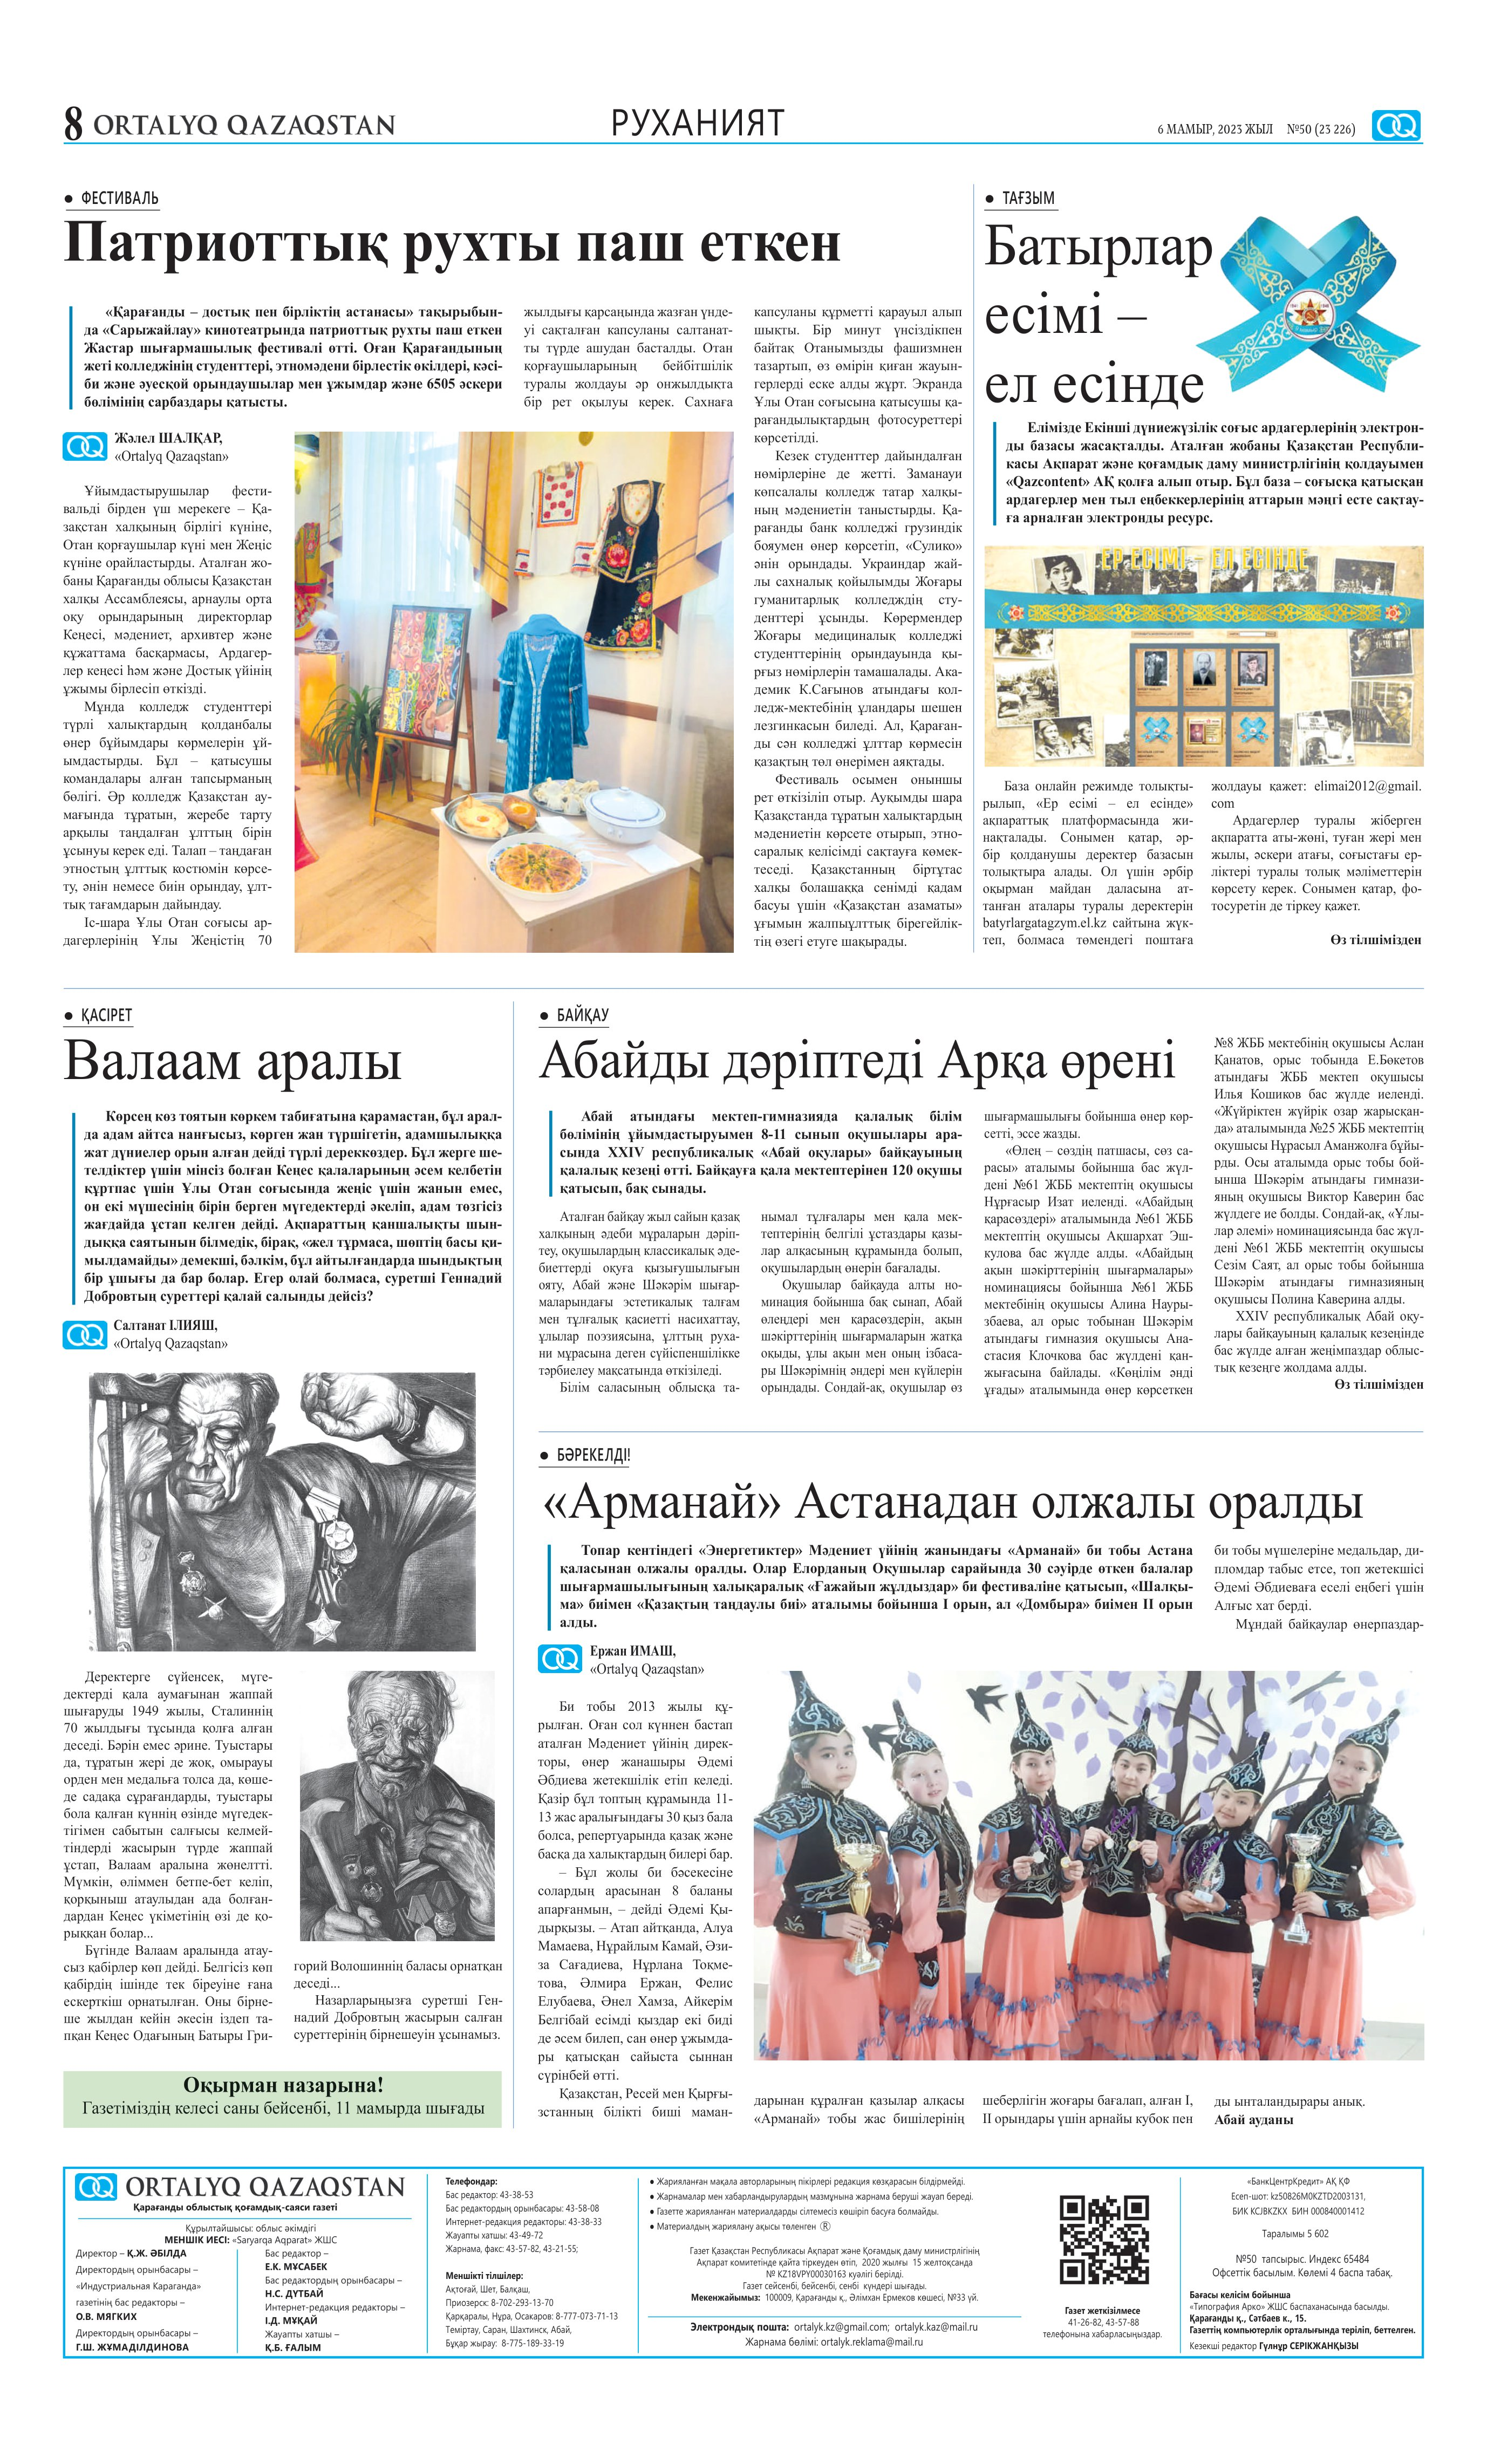
Language: kk